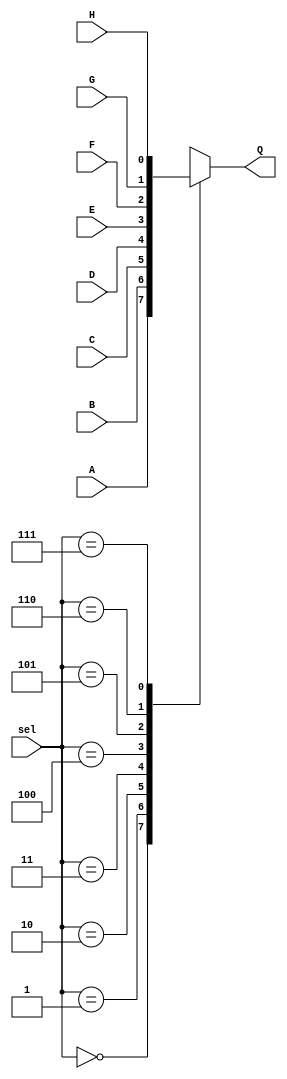
module mux8to1 (A, B, C, D, E, F, G, H, sel, Q);

  input A, B, C, D, E, F, G, H;
  input [2:0] sel;
  output Q;
/************ your code **************/
  reg Q;
  always @(*) begin
	  case (sel)
		  3'd0 : Q = A;
		  3'd1 : Q = B;
		  3'd2 : Q = C;
		  3'd3 : Q = D;
		  3'd4 : Q = E;
		  3'd5 : Q = F;
		  3'd6 : Q = G;
		  3'd7 : Q = H;
	  endcase
  end
/************************************/

endmodule